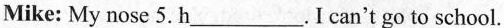
Mike: My nose 5. h___. I can't go to school.